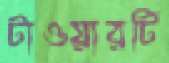
টাওয়ারটি